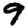
Digit: 9